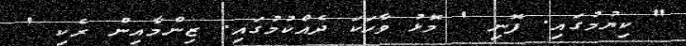
" ކިޔުމުގައި. ފޮނި ' މޮޅު ވާހަކަ ދެއްކުމުގައި. ޒިންމާއިން ރެކި '